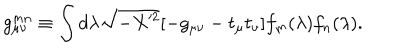
LaTeX: g _ { \mu \nu } ^ { m n } \equiv \int d \lambda \sqrt { - X ^ { 2 } } [ - g _ { \mu \nu } - t _ { \mu } t _ { \nu } ] f _ { m } ( \lambda ) f _ { n } ( \lambda ) .